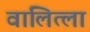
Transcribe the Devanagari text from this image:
वालित्ला